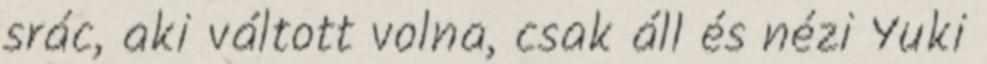
srác, aki váltott volna, csak áll és nézi Yuki